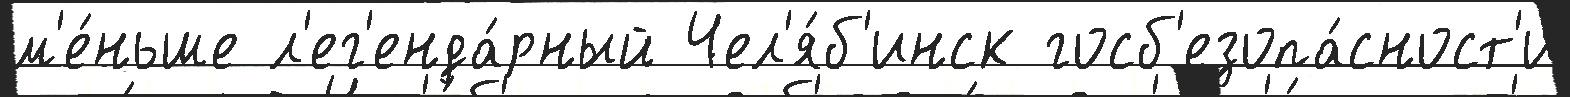
м'е́ньше л'ег'енда́рный Чел'я́б'инск госб'езопа́сност'и